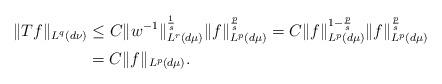
LaTeX: \begin{align*}\|Tf\|_{L^q(d\nu)} &\le C\|w^{-1}\|_{L^r(d\mu)}^{\frac{1}{s}}\|f\|_{L^p(d\mu)}^{\frac{p}{s}}=C\|f\|_{L^p(d\mu)}^{1-\frac{p}{s}}\|f\|_{L^p(d\mu)}^{\frac{p}{s}} \\ &=C\|f\|_{L^p(d\mu)}.\end{align*}